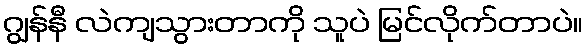
ဂျွန်နီ လဲကျသွားတာကို သူပဲ မြင်လိုက်တာပဲ။